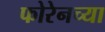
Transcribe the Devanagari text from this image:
फोरेनच्या